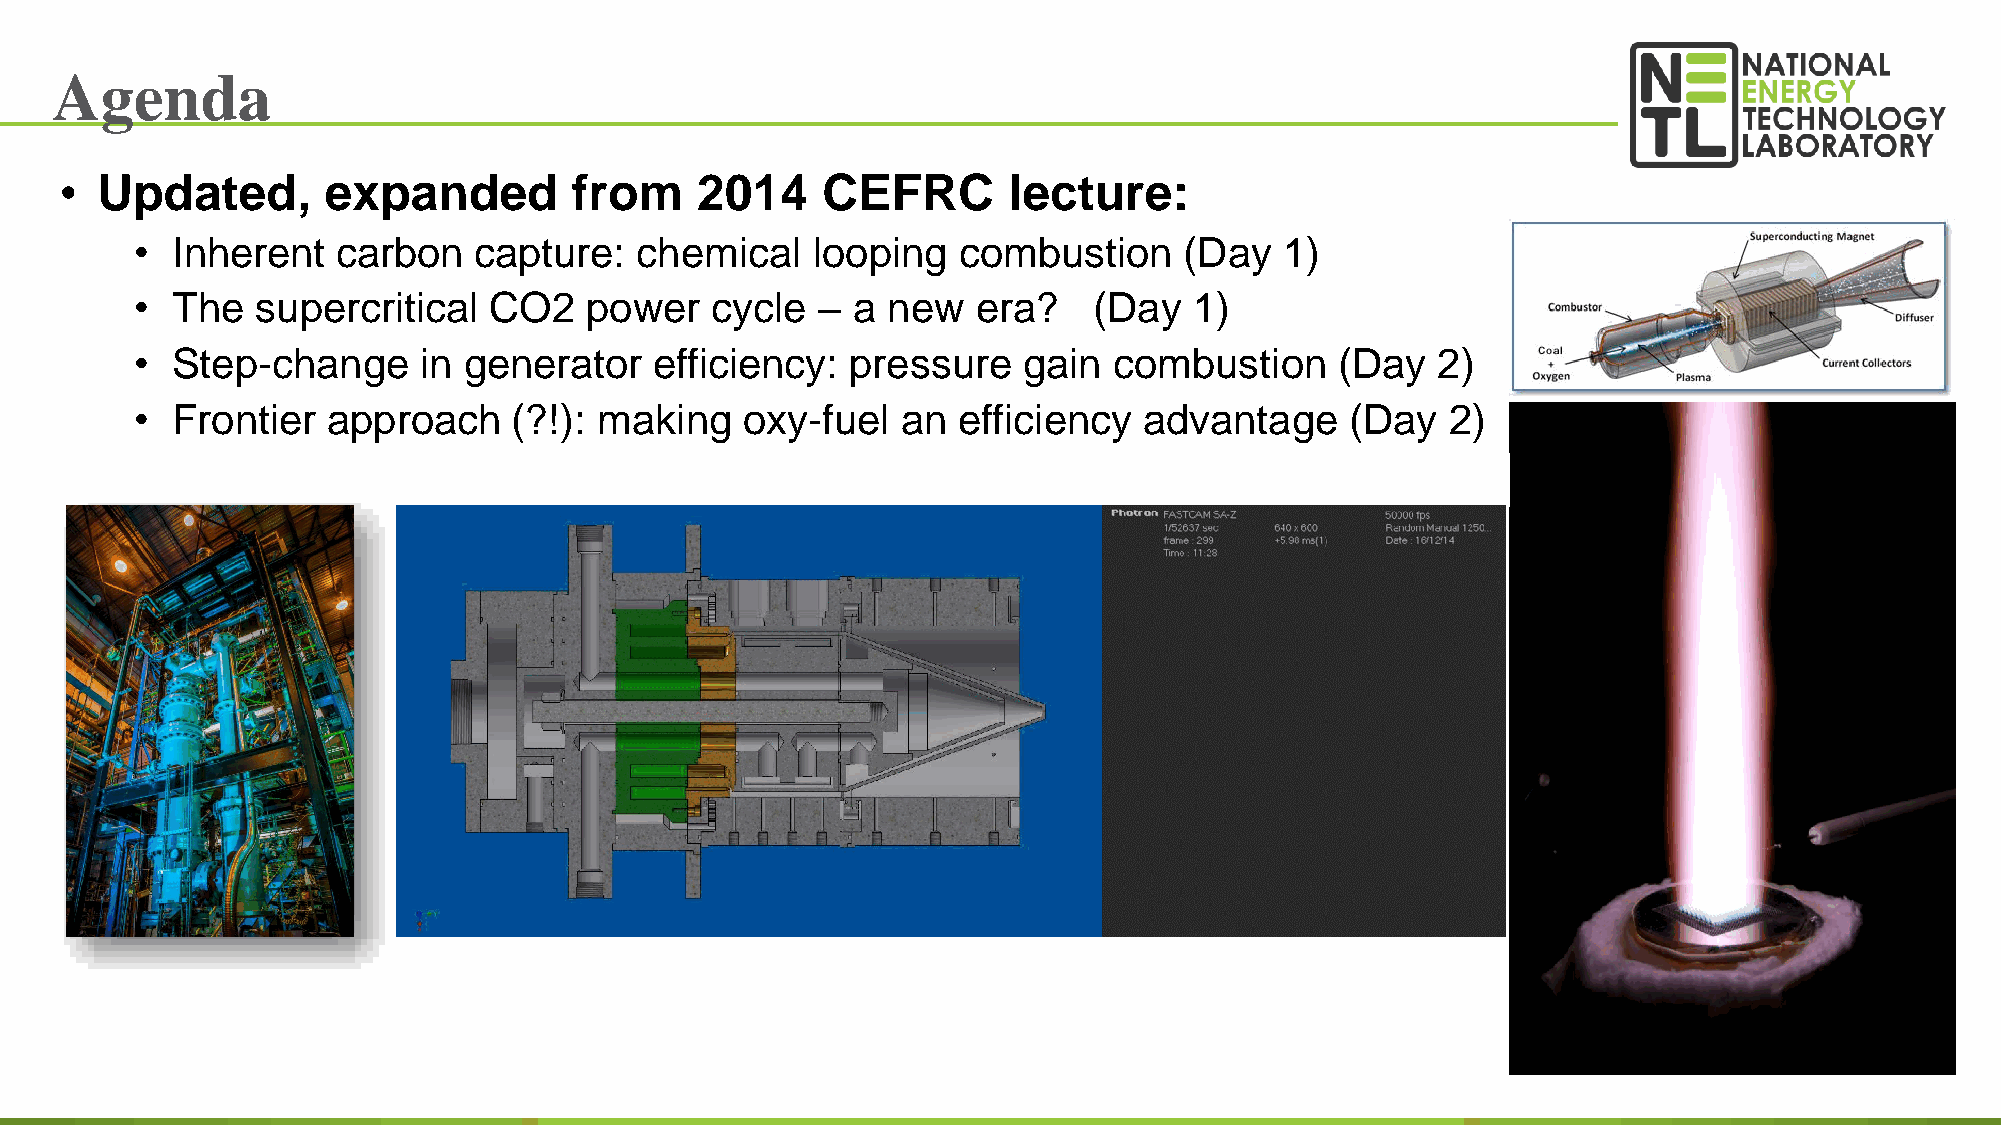
Agenda
 • Updated,       expanded         from    2014    CEFRC        lecture:
 • Inherent   carbon   capture:   chemical    looping  combustion     (Day   1)
 • The   supercritical  CO2    power   cycle  – a  new   era?   (Day   1)
 • Step-change      in generator   efficiency:  pressure    gain  combustion     (Day  2)
 • Frontier   approach    (?!): making   oxy-fuel   an efficiency   advantage    (Day   2)
 Sampling
 &
 Diagnostics
 RDC
 Flow
 10